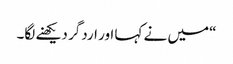
“میں نے کہا اور اردگر دیکھنے لگا۔